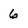
Character: 6